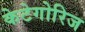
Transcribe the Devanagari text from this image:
केटेगोरिज